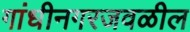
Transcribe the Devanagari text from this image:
गांधीनगरजवळील